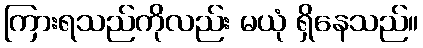
ကြားရသည်ကိုလည်း မယုံ ရှိနေသည်။